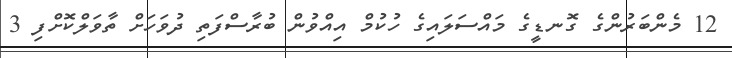
12 މެންބަރުންގެ ގޮނޑީގެ މައްސަލައިގެ ހުކުމް އިއްވުން ބުރާސްފަތި ދުވަހަށް ތާވަލްކޮށްފި 3